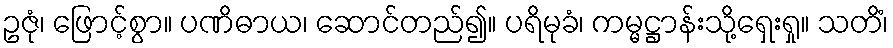
ဥဇုံ၊ ဖြောင့်စွာ။ ပဏိဓာယ၊ ဆောင်တည်၍။ ပရိမုခံ၊ ကမ္မဋ္ဌာန်းသို့ရှေးရှု။ သတိံ၊